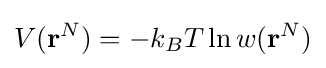
V(\mathbf {r} ^{N})=-k_{B}T\ln w(\mathbf {r} ^{N})